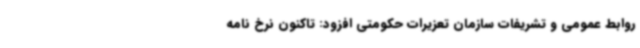
روابط عمومی و تشریفات سازمان تعزیرات حکومتی افزود: تاکنون نرخ نامه